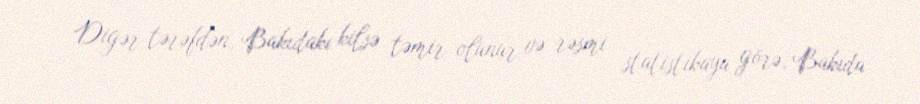
Digər tərəfdən, Bakıdakı kilsə təmir olunur və rəsmi statistikaya görə, Bakıda